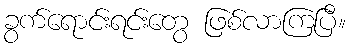
ခွက်ရောင်းရင်းတွေ ဖြစ်လာကြပြီ။